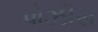
પોઝીસ